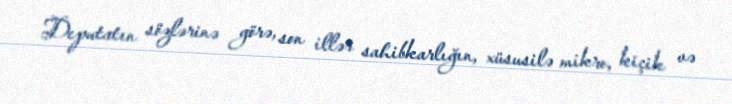
Deputatın sözlərinə görə, son illər sahibkarlığın, xüsusilə mikro, kiçik və